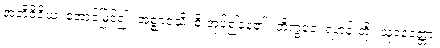
အဘိဝိဇိယ၊ အောင်မြင်၍။ အဇ္ဈာဝသိ၊ စိုးအုပ်၍နေ၏။ ဘိက္ခဝေ၊ ရဟန်းတို့။ သုနေတ္တော၊